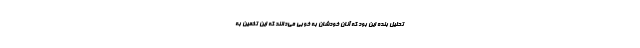
تحلیل بنده این بود که آنان خودشان به خوبی می‌دانند که این تخمین به